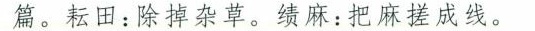
篇。耘田：除掉杂草。绩麻：把麻搓成线。